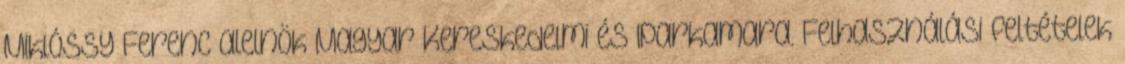
Miklóssy Ferenc alelnök Magyar Kereskedelmi és Iparkamara. Felhasználási feltételek